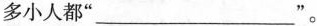
多小人都”___”。